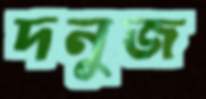
দনুজ